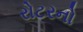
રોટરનો